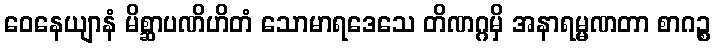
ဝေနေယျာနံ မိစ္ဆာပဏိဟိတံ သောမာရဒေသေ တိဏဂ္ဂမှိ အနာရမ္မဏတာ စာဂဉ္စ